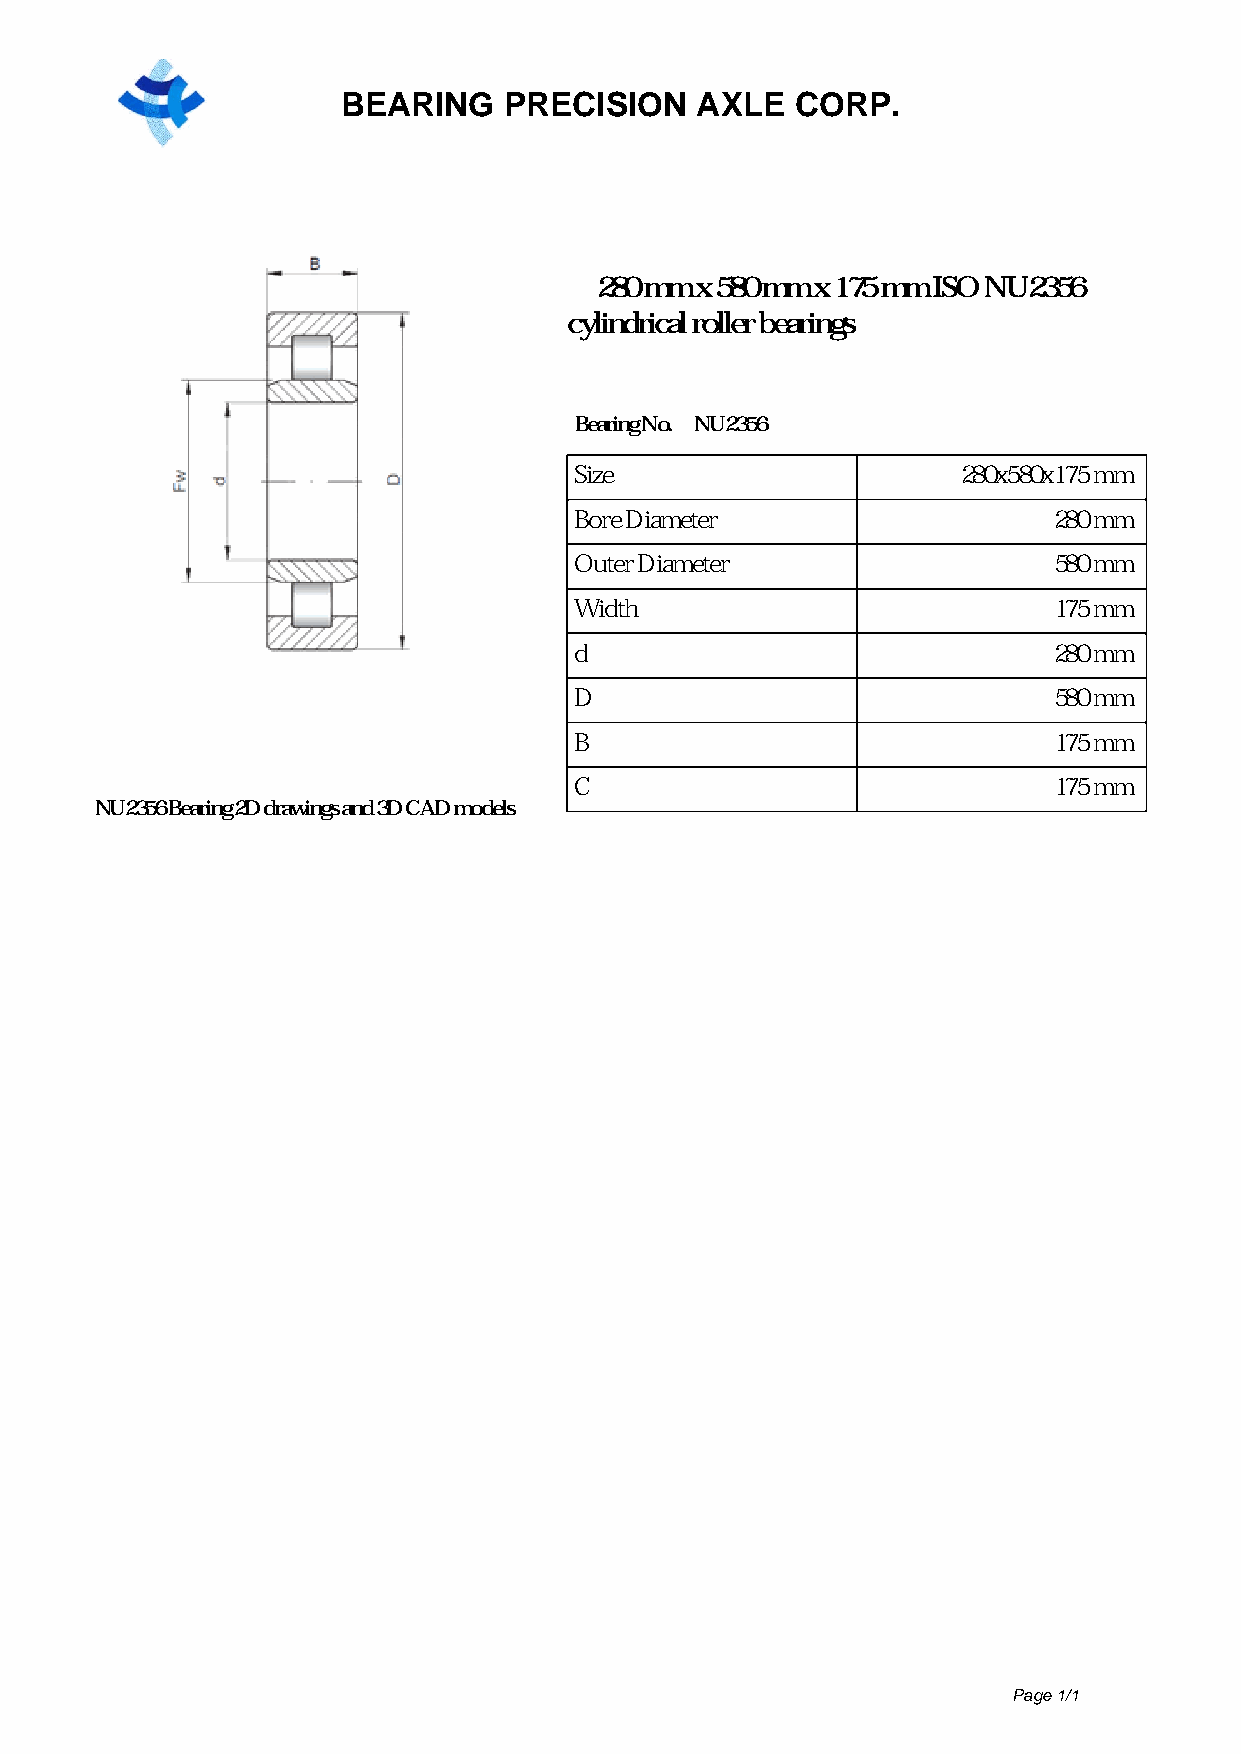
BEARING   PRECISION    AXLE   CORP.
 280 mm x 580 mm x 175 mm ISO NU2356
 cylindrical roller bearings
 Bearing No. NU2356
 Size                      280x580x175 mm
 Bore Diameter                   280 mm
 Outer Diameter                  580 mm
 Width                           175 mm
 d                               280 mm
 D                               580 mm
 B                               175 mm
 C                               175 mm
 NU2356 Bearing 2D drawings and 3D CAD models
 Page 1/1
 Powered by TCPDF (www.tcpdf.org)